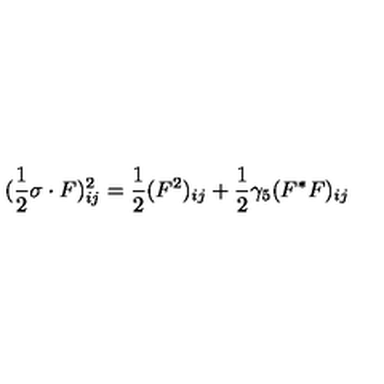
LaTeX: ( \frac { 1 } { 2 } \sigma \cdot F ) _ { i j } ^ { 2 } = \frac { 1 } { 2 } ( F ^ { 2 } ) _ { i j } + \frac { 1 } { 2 } \gamma _ { 5 } ( F ^ { * } F ) _ { i j }